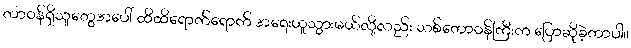
တာဝန်ရှိသူတွေအပေါ် ထိထိရောက်ရောက် အရေးယူသွားမယ်လို့လည်း သစ်တောဝန်ကြီးက ပြောဆိုခဲ့တာပါ။